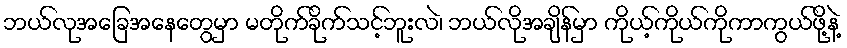
ဘယ်လုအခြေအနေတွေမှာ မတိုက်ခိုက်သင့်ဘူးလဲ၊ ဘယ်လိုအချိန်မှာ ကိုယ့်ကိုယ်ကိုကာကွယ်ဖို့နဲ့